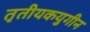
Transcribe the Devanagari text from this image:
तृतीयकयुगीन